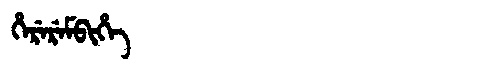
Manchu: ᡥᡝᡵᡝᡵᡝᠮᠪᡳᡥᡝ
Romanization: HEREREMBIHE